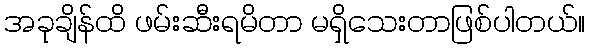
အခုချိန်ထိ ဖမ်းဆီးရမိတာ မရှိသေးတာဖြစ်ပါတယ်။